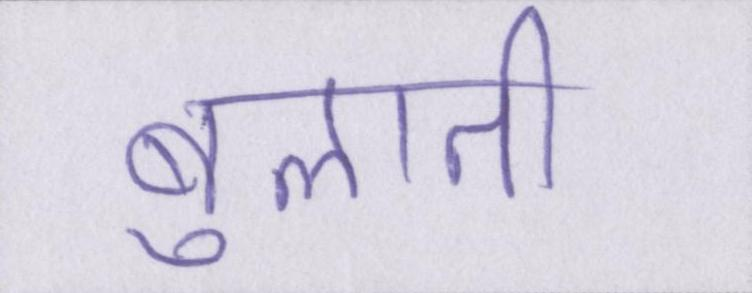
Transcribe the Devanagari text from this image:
बुलाती